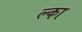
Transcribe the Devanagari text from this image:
ल्का